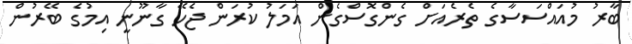
ބާރު މުއައްސަސާގެ ތެރެއަށް ގެންގޮސްގެން އަމަލު ކުރަން ޖެހޭ ގާނޫނީ އިމުގެ ބޭރުން